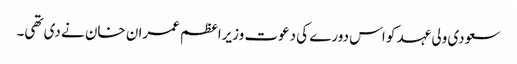
سعودی ولی عہد کو اس دورے کی دعوت وزیراعظم عمران خان نے دی تھی۔